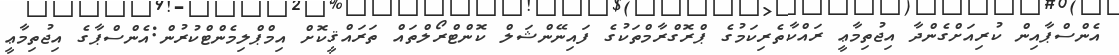
އެންސްޕާއިން ކުރިއަށްގެންދާ އިޖުތިމާޢީ ރައްކާތެރިކަމުގެ ޕްރޮގްރާމްތަކުގެ ފައިނޭންޝަލް ކޮންޓްރޯލްތައް ތަރައްޤީކޮށް އިމްޕްލިމެންޓްކުރުން:އެންސްޕާގެ އިޖުތިމާޢީ